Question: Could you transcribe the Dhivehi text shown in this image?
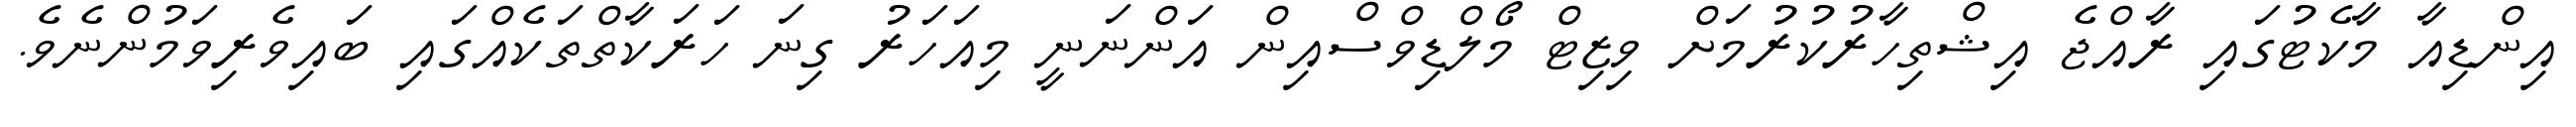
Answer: އިންޑިއާ މާކެޓުގައި ރާއްޖެ އިޝްތިހާރުކުރުމަށް ވިޒިޓް މޯލްޑިވްސްއިން އަންނަނީ މިއަހަރު ގިނަ ހަރަކާތްތަކެއްގައި ބައިވެރިވަމުންނެވެ.